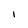
Character: l